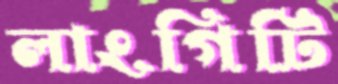
লাংগিটি